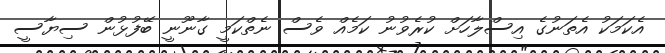
އެކަމަކު އެތަނުގެ އިސްލާހަށް ކުރެވުނު ކަމެއް ވެސް ނެތްކަމީ ގާނޫނީ ބޭފުޅުން ސިޔާސީ